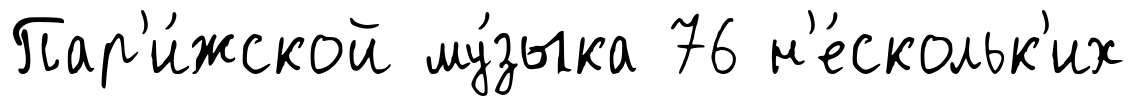
Пар'и́жской му́зыка 76 н'е́скольк'их